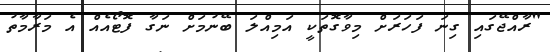
"ރާއްޖޭގައި ގިނަ ފަހަރަށް މިވާގޮތަކީ އަމިއްލަ ބޭނުމަށް ނަގާ ފޮޓޯއެއް އެ މަރާމާތު